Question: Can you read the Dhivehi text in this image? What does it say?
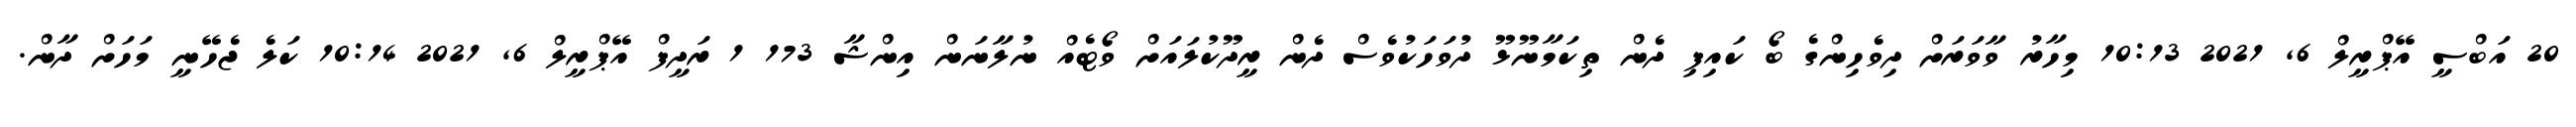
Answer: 20 އަބްސީ އޭޕްރީލް 6, 2021 10:13 މިހާރު ވާވަރަށް ދިވެހިންގެ ބޯ ކައިފި ދެން ތިކަމާނޫޅޫ ދުވަހަކުވެސް ދެން ރީދޫކުލައަށް ވޯޓެއް ނުލާނަން އިންޝާ 173 1 ރަދީފް އޭޕްރީލް 6, 2021 10:14 ކަލެ ޖެހޭނީ މަހަށް ދާން.